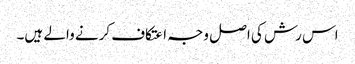
اس رش کی اصل وجہ اعتکاف کرنے والے ہیں۔